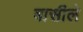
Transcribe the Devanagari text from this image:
बासीले